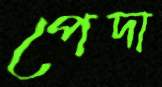
পেদা